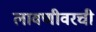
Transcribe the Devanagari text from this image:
लावणीवरची